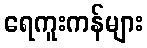
ရေကူးကန်များ